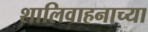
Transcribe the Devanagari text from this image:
शालिवाहनाच्या